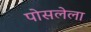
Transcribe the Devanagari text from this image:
पोसलेला